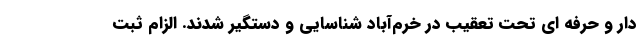
دار و حرفه ای تحت تعقیب در خرم‌آباد شناسایی و دستگیر شدند. الزام ثبت